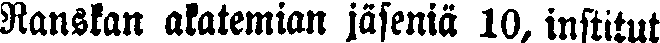
Ranskan akatemian jäseniä 10, institut